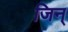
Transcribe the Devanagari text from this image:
जिन्